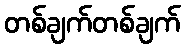
တစ်ချက်တစ်ချက်